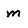
Character: m